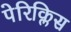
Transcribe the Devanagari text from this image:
पेरिक्लिस